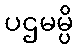
ပဌမမ္ပိ